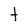
Character: t